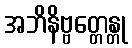
အဘိနိဗ္ဗတ္တေန္တု